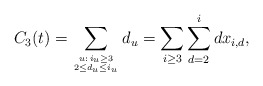
\begin{align*} C_3(t) = \sum_{u:\,i_u \geq 3 \atop {2 \leq d_u \leq i_u}} d_u = \sum_{i \geq 3} \sum_{d = 2}^{i} dx_{i,d}, \\ \end{align*}